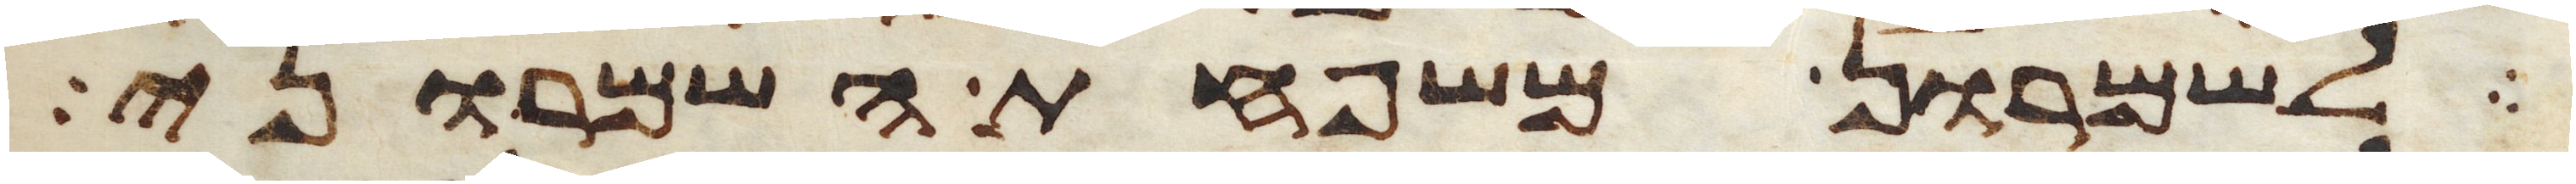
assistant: לשמרון משפחת השמרוני